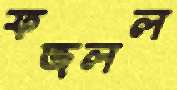
ফজলল